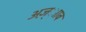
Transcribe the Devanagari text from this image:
अज़्ााब